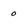
Character: 0